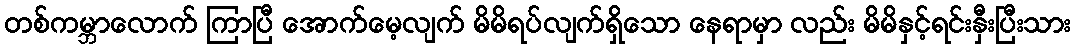
တစ်ကမ္ဘာလောက် ကြာပြီ အောက်မေ့လျက် မိမိရပ်လျက်ရှိသော နေရာမှာ လည်း မိမိနှင့်ရင်းနှီးပြီးသား